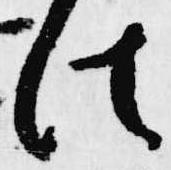
此